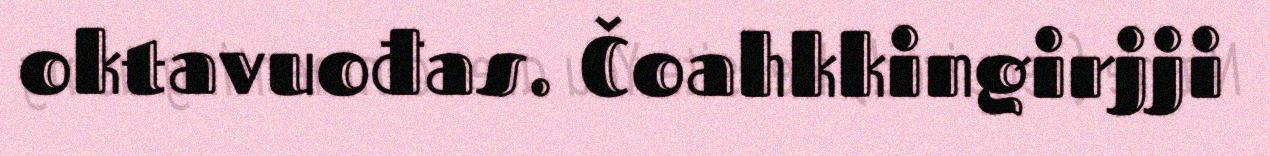
oktavuođas. Čoahkkingirjji